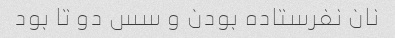
نان نفرستاده بودن و سس دو تا بود